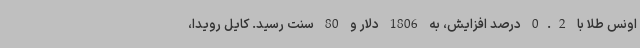
اونس طلا با 0.2 درصد افزایش، به 1806 دلار و 80 سنت رسید. کایل رویدا،